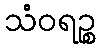
သံဝရဉ္စ